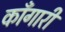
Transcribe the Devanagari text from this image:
काँगारी